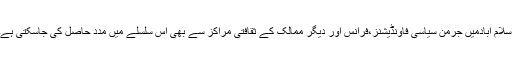
اسلام آبادمیں جرمن سیاسی فاونڈیشنز،فرانس اور دیگر ممالک کے ثقافتی مراکز سے بھی اس سلسلے میں مدد حاصل کی جاسکتی ہے۔